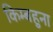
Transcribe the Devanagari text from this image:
किम्बहुना